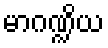
မာဂဏ္ဍိယ